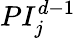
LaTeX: PI_{j}^{d-1}